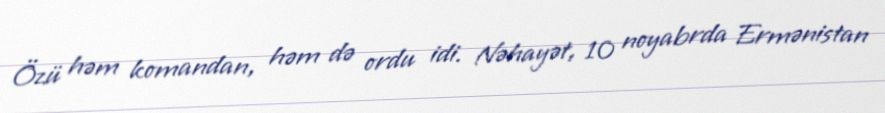
Özü həm komandan, həm də ordu idi. Nəhayət, 10 noyabrda Ermənistan